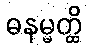
ဓနမ္မတ္ထိ